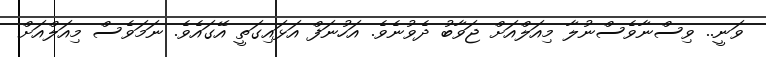
ވަނީ.. ވިސްނާވެސްނުލާ މިއަލްއަށް ޖަވާބު ދެވުނެވެ. އަހުނަފް އަޅައިގަތީ އޭގައެވެ. ނަމަވެސް މިއަލްއަށް